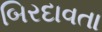
બિરદાવતા